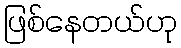
ဖြစ်နေတယ်ဟု